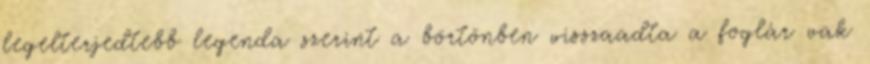
legelterjedtebb legenda szerint a börtönben visszaadta a foglár vak